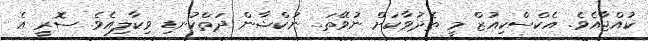
ކުއްޖާއެވެ. އެކްސްކިއުޒް މީ ތެދުވާކަށް ނުވޭތަ.. ނުކްޝާން ދަތްކުނޑި ވިކާލިއެވެ. ސޮރީ އެ